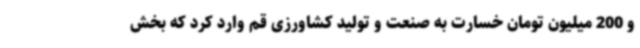
و 200 میلیون تومان خسارت به صنعت و تولید کشاورزی قم وارد کرد که بخش